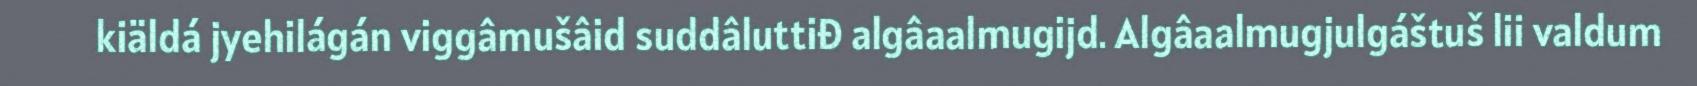
kiäldá jyehilágán viggâmušâid suddâluttiđ algâaalmugijd. Algâaalmugjulgáštuš lii valdum